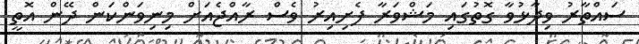
ސައްތާރު ވިދާޅުވާ ގޮތުގައި މަޝްވަރާ ފެށިއިރު ވެސް ރާއްޖެއަށް މިނިވަންކަން ދޭން އޮތީ